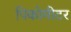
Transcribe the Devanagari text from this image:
पिकोमीटर